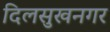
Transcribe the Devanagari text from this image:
दिलसुखनगर